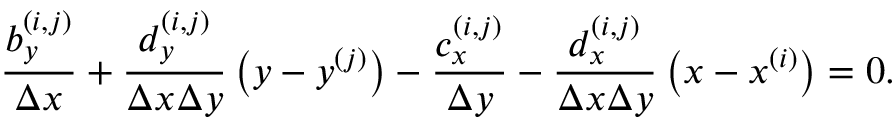
\frac { b _ { y } ^ { ( i , j ) } } { \Delta x } + \frac { d _ { y } ^ { ( i , j ) } } { \Delta x \Delta y } \left( y - y ^ { ( j ) } \right) - \frac { c _ { x } ^ { ( i , j ) } } { \Delta y } - \frac { d _ { x } ^ { ( i , j ) } } { \Delta x \Delta y } \left( x - x ^ { ( i ) } \right) = 0 .